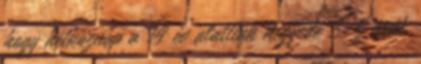
hogy hétköznap a 14 év alattiak negyede 3-5 órát,